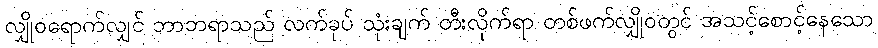
လျှိုဝရောက်လျှင် ဘာဘရာသည် လက်ခုပ် သုံးချက် တီးလိုက်ရာ တစ်ဖက်လျှိုဝတွင် အသင့်စောင့်နေသော